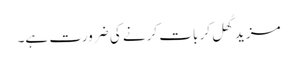
مزید کُھل کر بات کرنے کی ضرورت ہے۔